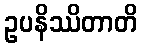
ဥပနိဿိတာတိ